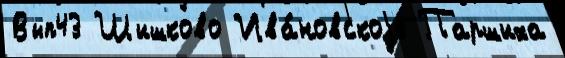
Вып43 Шишково Ива́новскоjе Паршиха